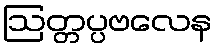
ဩတ္တပ္ပဗလေန